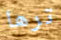
ترها